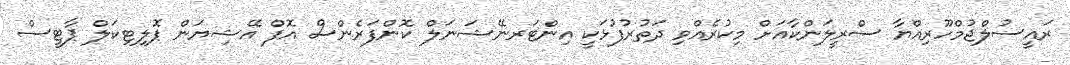
ރައީސުލްޖުމްހޫރިއްޔާ ސްރީލަންކާއަށް މިކުރެއްވި ދަތުރުފުޅަކީ އިންޓަރނޭޝަނަލް ކޮންފަރެންސް އޮފް އޭޝިޔަން ޕޮލިޓިކަލް ޕާޓީސް